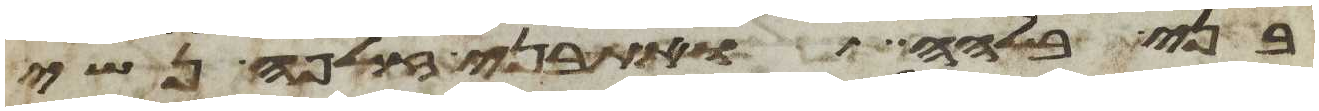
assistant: בני בלהה ואת בני זלפה נשי